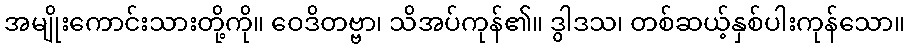
အမျိုးကောင်းသားတို့ကို။ ဝေဒိတဗ္ဗာ၊ သိအပ်ကုန်၏။ ဒွါဒသ၊ တစ်ဆယ့်နှစ်ပါးကုန်သော။